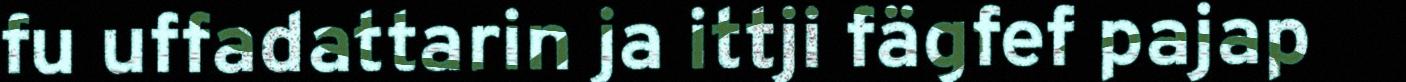
fu uffadattarin ja ittji fägfef pajap